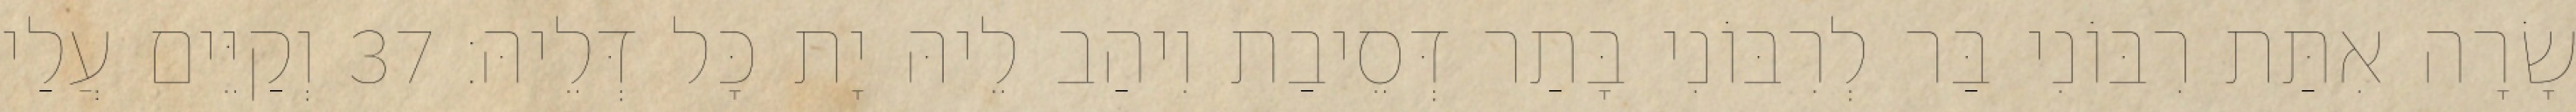
שָׂרָה אִתַּת רִבּוֹנִי בַּר לְרִבּוֹנִי בָּתַר דְּסֵיבַת וִיהַב לֵיהּ יָת כָּל דְּלֵיהּ׃ 37 וְקַיֵּים עֲלַי